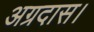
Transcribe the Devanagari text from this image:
अग्रदास।